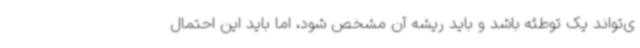
ی‌تواند یک توطئه باشد و باید ریشه آن مشخص شود، اما باید این احتمال